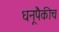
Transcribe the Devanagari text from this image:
धनूपैकीच